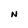
Character: N